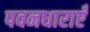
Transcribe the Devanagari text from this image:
पवनधाराएँ